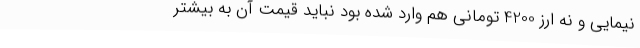
نیمایی و نه ارز 4200 تومانی هم وارد شده بود نباید قیمت آن به بیشتر